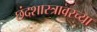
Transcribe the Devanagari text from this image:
छंदशास्त्रावरच्या